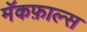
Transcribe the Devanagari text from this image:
मॅकफ़ाल्स